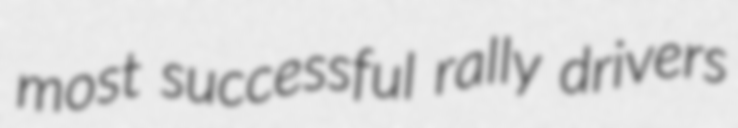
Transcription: most successful rally drivers